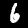
Digit: 6